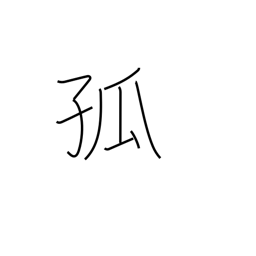
Meaning: alone